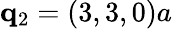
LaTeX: \mathbf{q}_{2}=(3,3,0)a